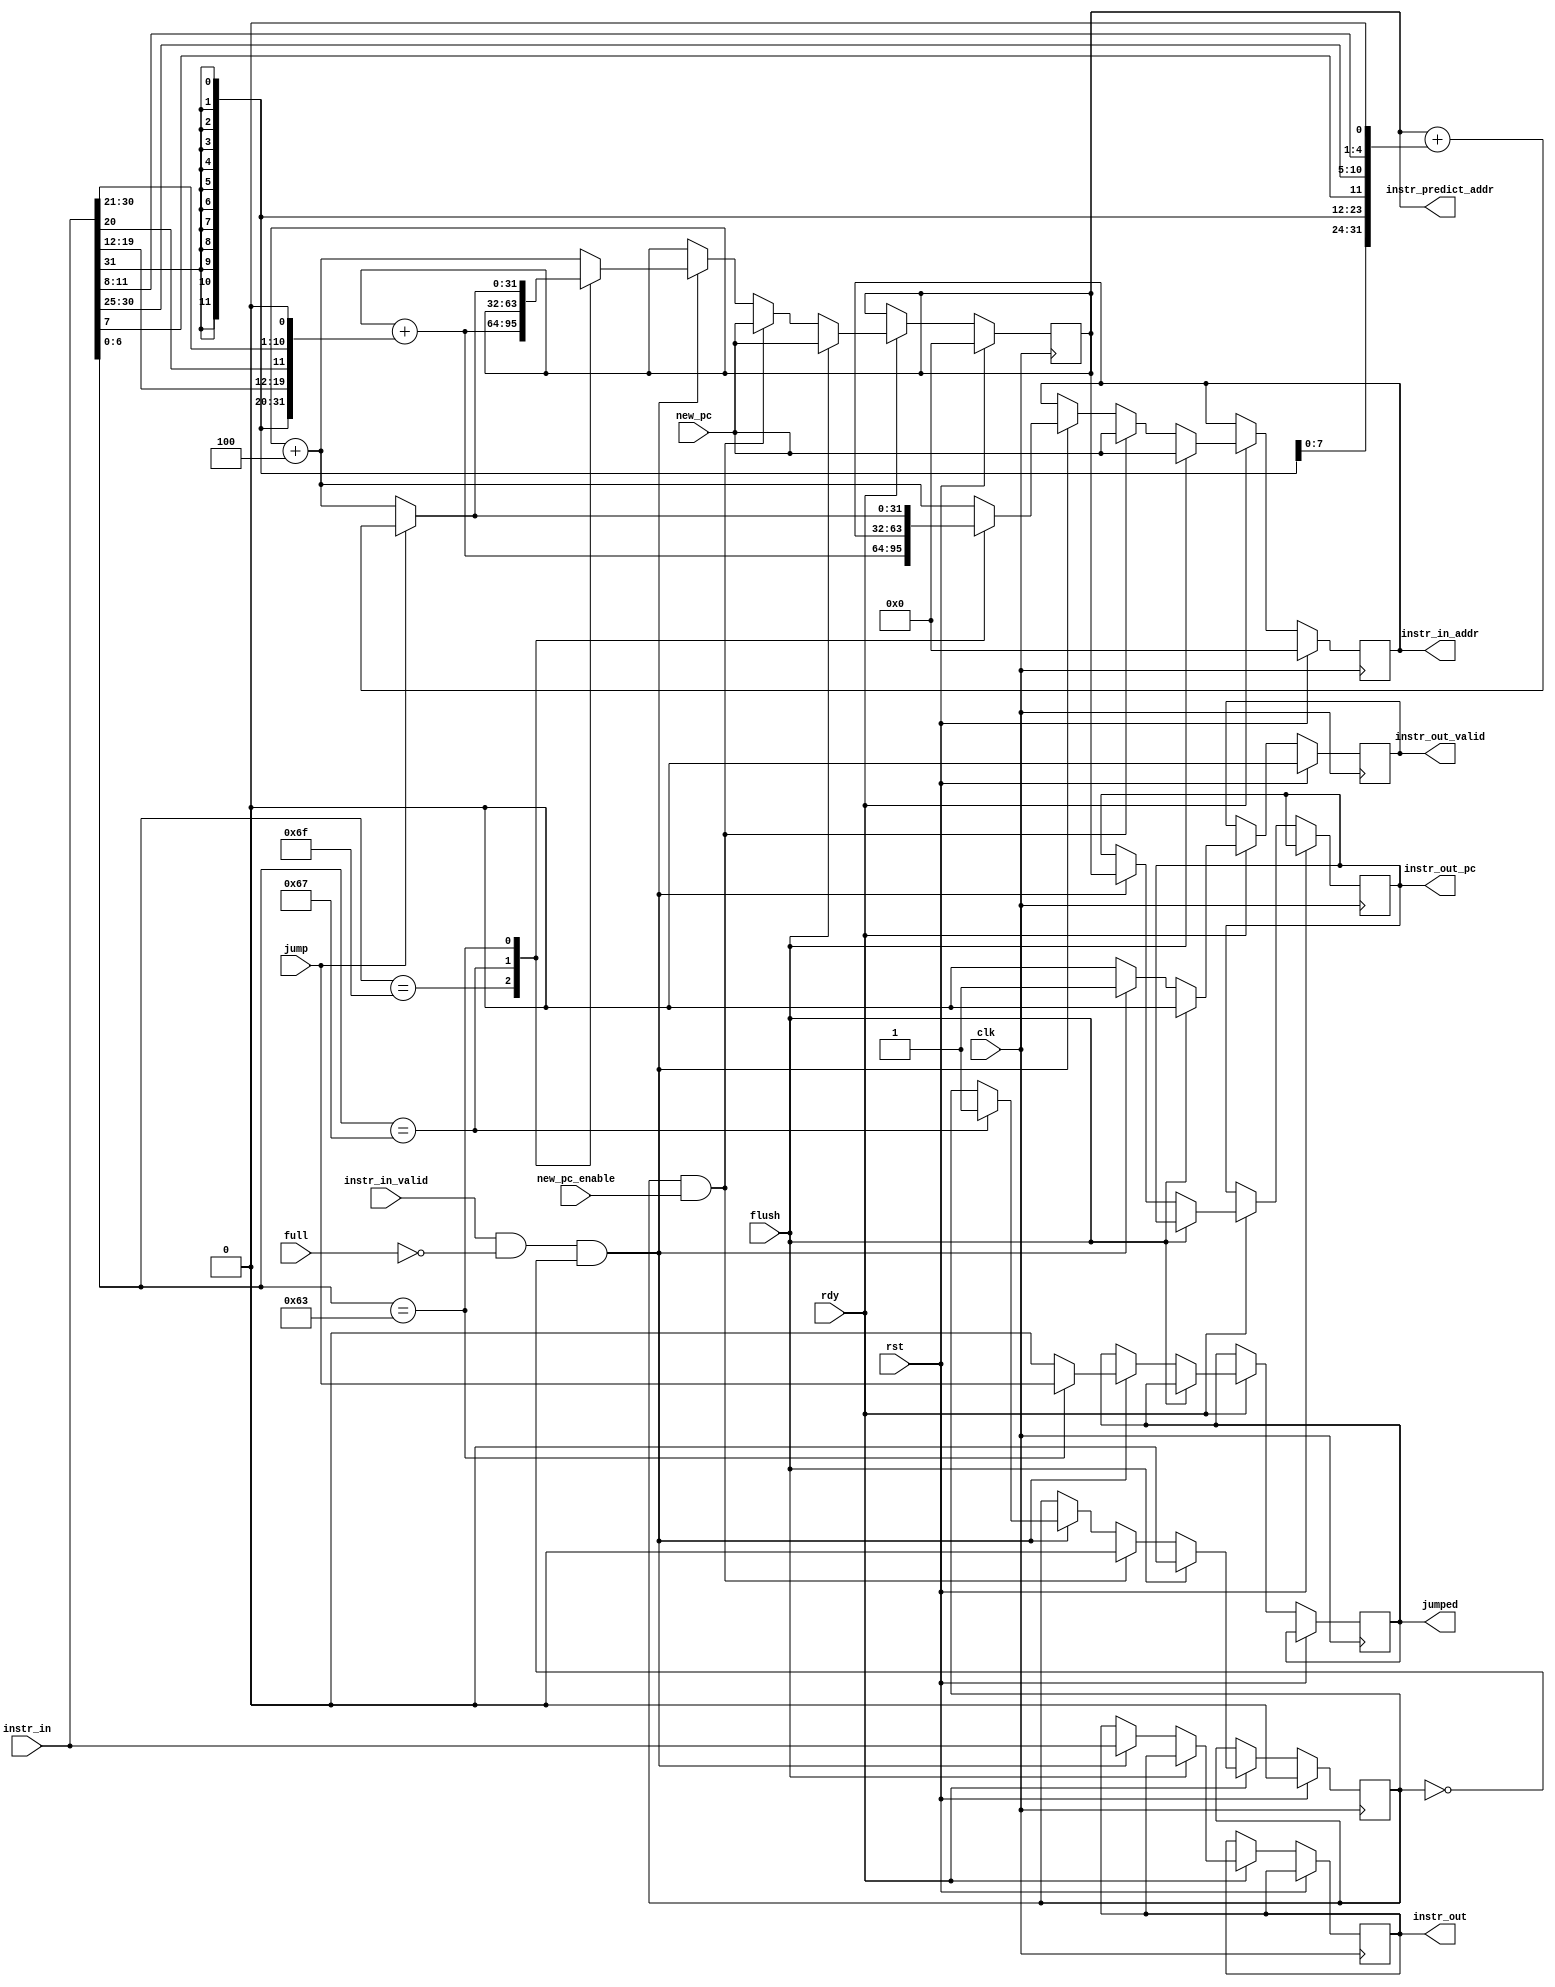
module instruction_fetcher(
    input               clk,
    input               rst,
    input               rdy,

    // for icache
    input               instr_in_valid,
    input [31:0]        instr_in,
    output reg [31:0]   instr_in_addr,

    // for IU
    output reg          instr_out_valid,
    output reg          jumped,
    output reg [31:0]   instr_out,
    output reg [31:0]   instr_out_pc,

    // for predictor
    input               jump,
    output [31:0]       instr_predict_addr,

    // for CDB
    input               full,
    input               flush,
    input               new_pc_enable,
    input [31:0]        new_pc
);

reg [31:0]              pc;
reg                     stall;

wire [6:0] op1 = instr_in[6:0];
wire [4:0] rs1 = instr_in[19:15];
wire [31:0] jal_imm = {{12{instr_in[31]}}, instr_in[19:12], instr_in[20], instr_in[30:21], 1'b0};
wire [31:0] branch_imm = {{20{instr_in[31]}}, instr_in[7], instr_in[30:25], instr_in[11:8], 1'b0};

assign instr_predict_addr = pc;

always @(posedge clk) begin
    if (rst) begin
        stall <= 0;
        instr_out_valid <= 0;
        instr_in_addr <= 0;
        pc <= 0;
    end else if (rdy) begin
        if (flush) begin
            stall <= 0;
            instr_out_valid <= 0;
            pc <= new_pc;
            instr_in_addr <= new_pc;
        end else begin
            if (instr_in_valid && ~full && ~stall) begin
                instr_out_valid <= 1'b1;
                instr_out <= instr_in;
                instr_out_pc <= pc;
                case(op1)
                    7'b1101111: begin // JAL
                        pc <= pc + jal_imm;
                        instr_in_addr <= pc + jal_imm;
                        jumped <= 1'b0;
                    end
                    7'b1100111: begin // JALR
                        stall <= 1'b1;
                        jumped <= 1'b0;
                    end
                    7'b1100011: begin // Branch
                        pc <= jump ? pc + branch_imm : pc + 4;
                        instr_in_addr <= jump ? pc + branch_imm : pc + 4;
                        jumped <= jump;
                    end
                    default begin
                        pc <= pc + 4;
                        instr_in_addr <= pc + 4;
                        jumped <= 1'b0;
                    end
                endcase
            end else instr_out_valid <= 1'b0;

            if (stall && new_pc_enable) begin // stupid
                stall <= 1'b0;
                pc <= new_pc;
                instr_in_addr <= new_pc;
            end
        end
    end
end

endmodule